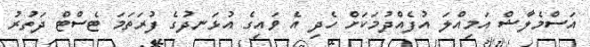
އަސްމެލާޝް އަމިއްލަ އުފެއްދުމަކަށް ހެދި އެ ވައިގެ އުޅަނދުގެ ފުރަތަމަ ޓެސްޓް ދަތުރު